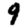
Digit: 9